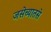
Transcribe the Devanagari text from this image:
जसेच्यातसे